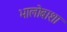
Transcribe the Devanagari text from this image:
भालोबाशा